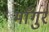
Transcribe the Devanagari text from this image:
माँगुर